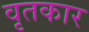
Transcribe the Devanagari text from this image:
वृतकार